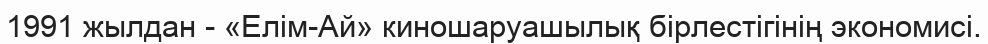
1991 жылдан - «Елім-Ай» киношаруашылық бірлестігінің экономисі.